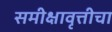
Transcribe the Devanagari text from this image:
समीक्षावृत्तीचा